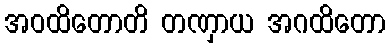
အဝထိတောတိ တဏှာယ အဂထိတော